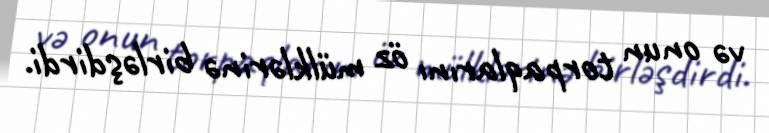
və onun torpaqlarını öz mülklərinə birləşdirdi.